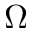
\Omega